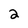
Character: 2